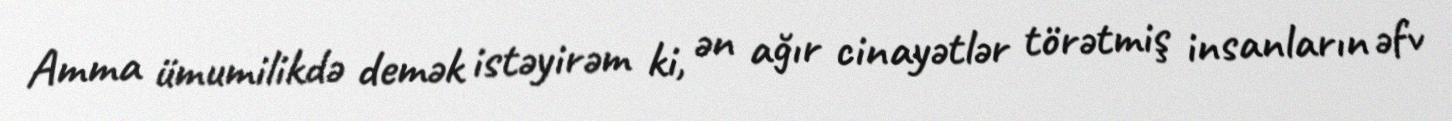
Amma ümumilikdə demək istəyirəm ki, ən ağır cinayətlər törətmiş insanların əfv